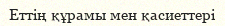
Еттің құрамы мен қасиеттері